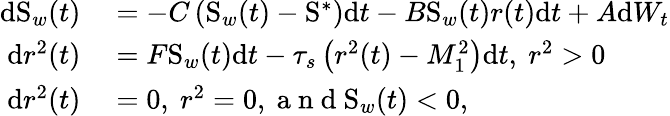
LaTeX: \begin{array}{rl}{\mathrm{d}\mathrm{S}_{w}(t)}&{{}=-C\left(\mathrm{S}_{w}(t)-\mathrm{S}^{\ast}\right)\mathrm{d}t-B\mathrm{S}_{w}(t)r(t)\mathrm{d}t+A\mathrm{d}W_{t}}\\ {\mathrm{d}r^{2}(t)}&{{}=F\mathrm{S}_{w}(t)\mathrm{d}t-\tau_{s}\left(r^{2}(t)-M_{1}^{2}\right)\mathrm{d}t,\mathrm{~}r^{2}>0}\\ {\mathrm{d}r^{2}(t)}&{{}=0,\mathrm{~}r^{2}=0,\mathrm{~a~n~d~}\mathrm{S}_{w}(t)<0,}\end{array}